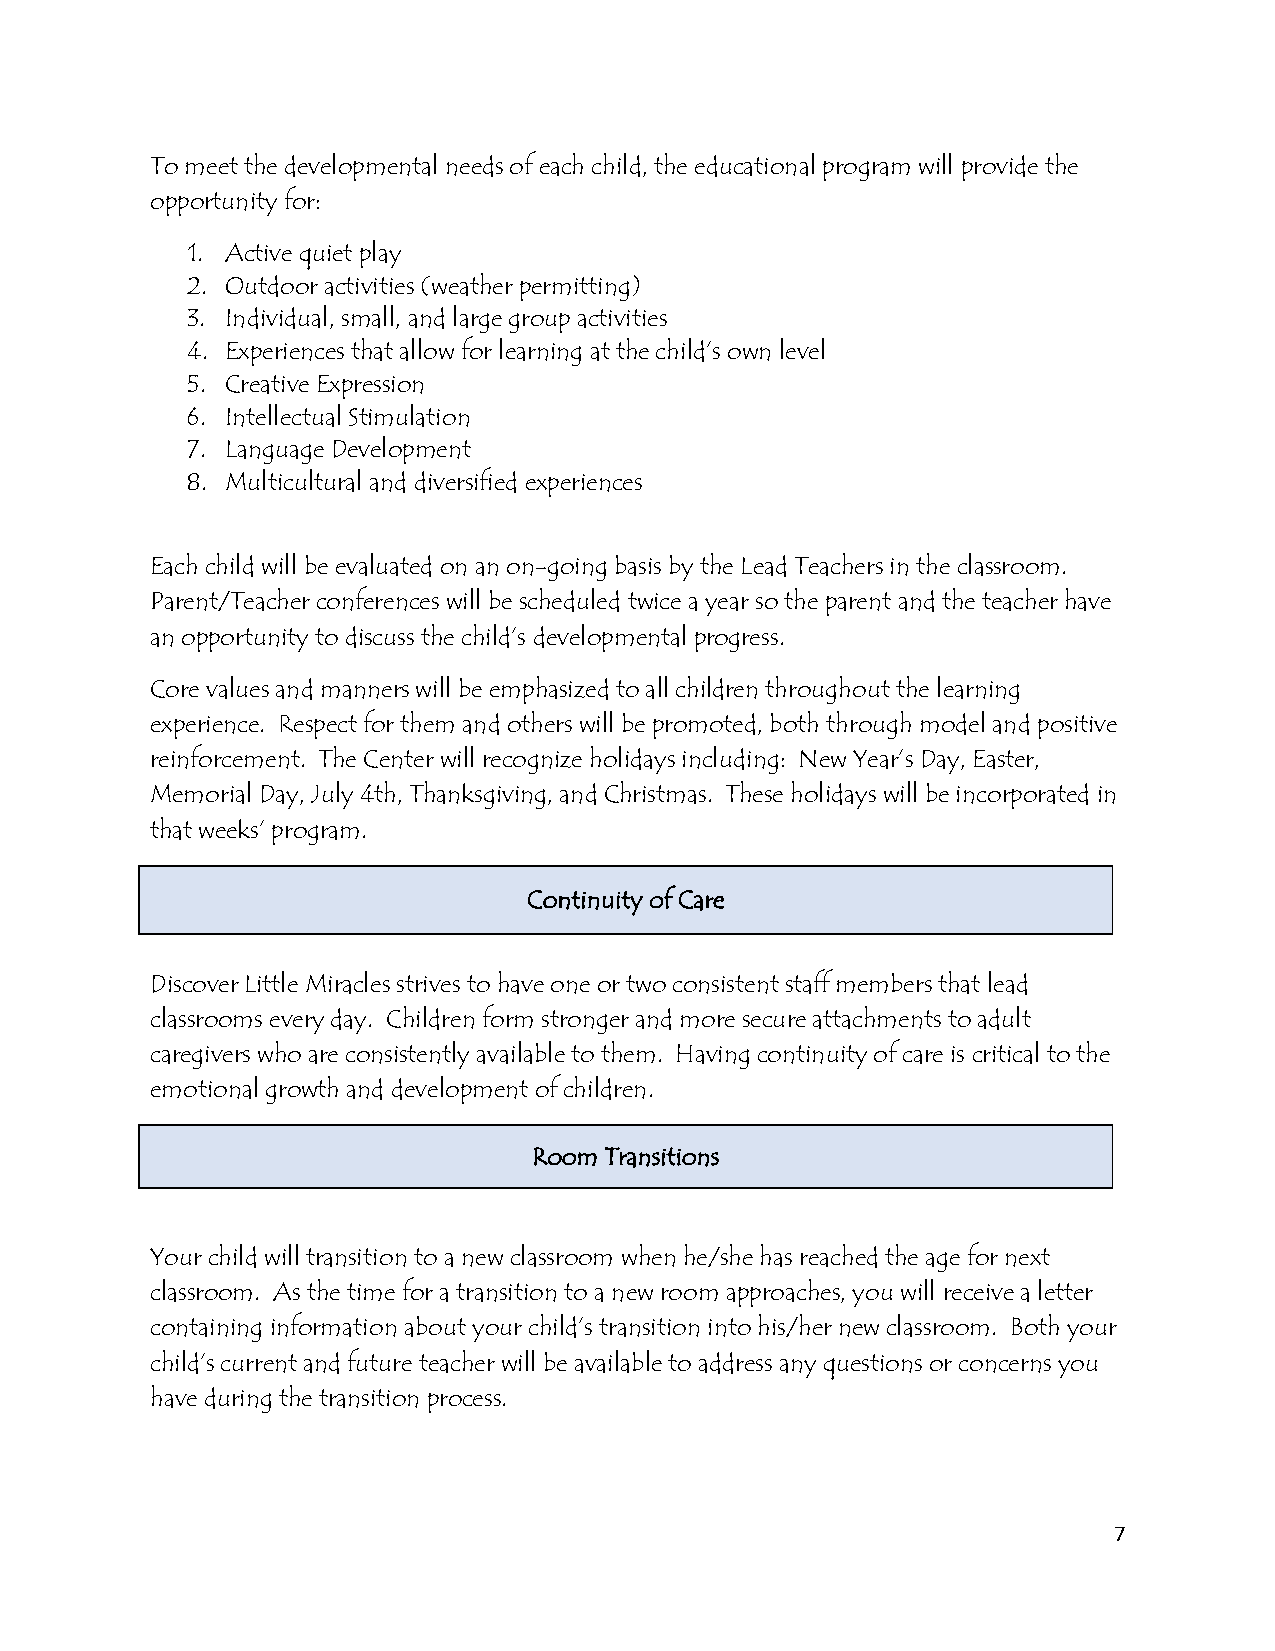
To meet the developmental needs of each child, the educational program will provide the
 opportunity for:
 1. Active quiet play
 2. Outdoor activities (weather permitting)
 3. Individual, small, and large group activities
 4. Experiences that allow for learning at the child’s own level
 5. Creative Expression
 6. Intellectual Stimulation
 7. Language Development
 8. Multicultural and diversified experiences
 Each child will be evaluated on an on-going basis by the Lead Teachers in the classroom.
 Parent/Teacher conferences will be scheduled twice a year so the parent and the teacher have
 an opportunity to discuss the child’s developmental progress.
 Core values and manners will be emphasized to all children throughout the learning
 experience. Respect for them and others will be promoted, both through model and positive
 reinforcement. The Center will recognize holidays including: New Year’s Day, Easter,
 Memorial Day, July 4th, Thanksgiving, and Christmas. These holidays will be incorporated in
 that weeks’ program.
 Continuity of Care
 Discover Little Miracles strives to have one or two consistent staff members that lead
 classrooms every day. Children form stronger and more secure attachments to adult
 caregivers who are consistently available to them. Having continuity of care is critical to the
 emotional growth and development of children.
 Room Transitions
 Your child will transition to a new classroom when he/she has reached the age for next
 classroom. As the time for a transition to a new room approaches, you will receive a letter
 containing information about your child’s transition into his/her new classroom. Both your
 child’s current and future teacher will be available to address any questions or concerns you
 have during the transition process.
 7